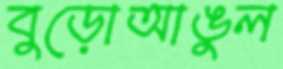
বুড়োআঙুল